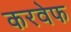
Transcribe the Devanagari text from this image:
करवेफ